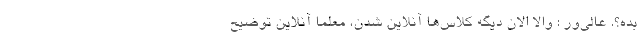
بده؟. عالی‌ور : والا الان دیگه کلاس‌ها آنلاین شدن، معلما آنلاین توضیح